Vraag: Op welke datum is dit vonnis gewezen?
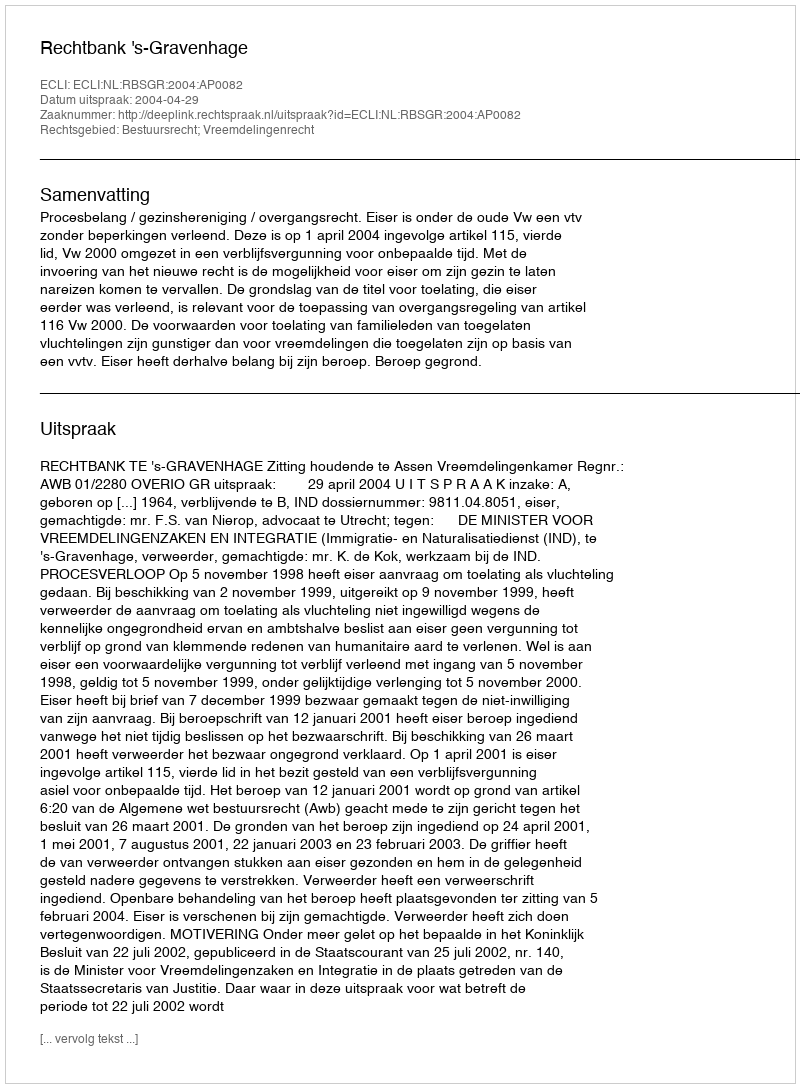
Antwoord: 2004-04-29